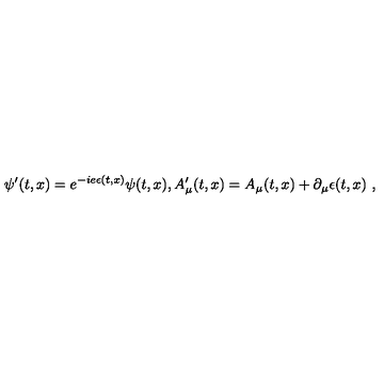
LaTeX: \psi ^ { \prime } ( t , x ) = e ^ { - i e \epsilon ( t , x ) } \psi ( t , x ) , A _ { \mu } ^ { \prime } ( t , x ) = A _ { \mu } ( t , x ) + \partial _ { \mu } \epsilon ( t , x ) \ ,